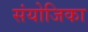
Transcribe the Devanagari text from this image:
संयोजिका